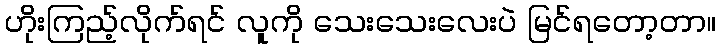
ဟိုးကြည့်လိုက်ရင် လူကို သေးသေးလေးပဲ မြင်ရတော့တာ။